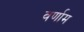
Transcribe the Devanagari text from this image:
वर्णाम